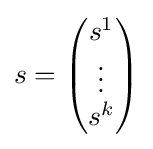
s={\begin{pmatrix}s^{1}\\\vdots \\s^{k}\end{pmatrix}}